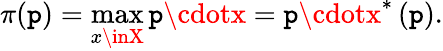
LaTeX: \pi(\mathtt{p})=\operatorname*{max}_{x\inX}\mathtt{p}\cdotx=\mathtt{p}\cdotx^{\ast}\left(\mathtt{p}\right){\mathrm{{.}}}